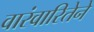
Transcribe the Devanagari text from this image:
वारंवारितेने